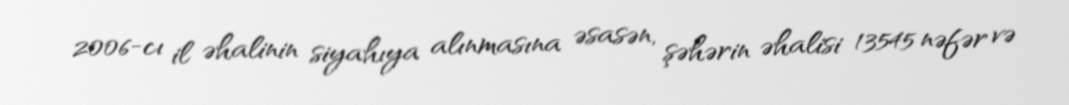
2006-cı il əhalinin siyahıya alınmasına əsasən, şəhərin əhalisi 13545 nəfər və